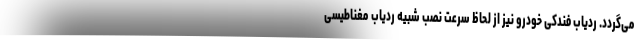
می‌گردد. ردیاب فندکی خودرو نیز از لحاظ سرعت نصب شبیه ردیاب مغناطیسی